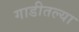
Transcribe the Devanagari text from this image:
गाडीतल्या